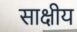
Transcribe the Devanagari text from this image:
साक्षीय